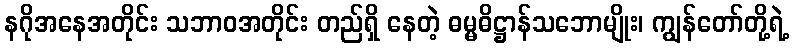
နဂိုအနေအတိုင်း သဘာဝအတိုင်း တည်ရှိ နေတဲ့ ဓမ္မဓိဋ္ဌာန်သဘောမျိုး၊ ကျွန်တော်တို့ရဲ့